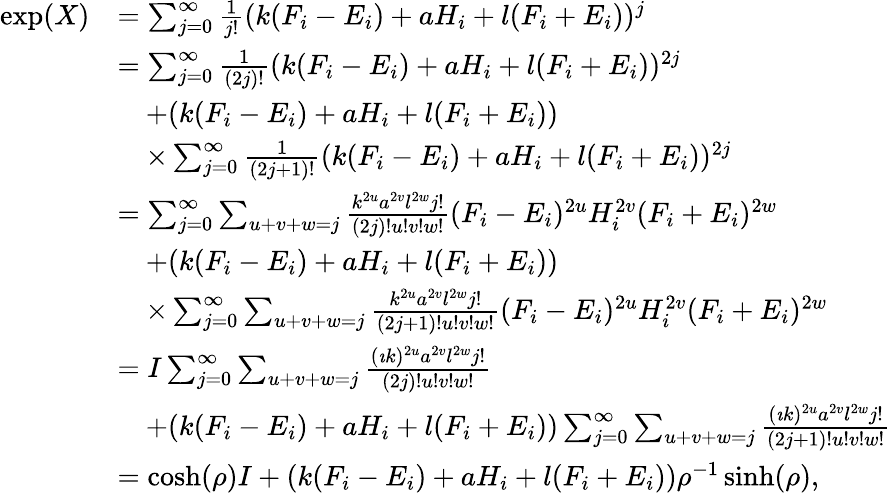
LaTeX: \begin{array}{rl}{\exp(X)}&{=\sum_{j=0}^{\infty}\frac{1}{j!}(k(F_{i}-E_{i})+aH_{i}+l(F_{i}+E_{i}))^{j}}\\ &{=\sum_{j=0}^{\infty}\frac{1}{(2j)!}(k(F_{i}-E_{i})+aH_{i}+l(F_{i}+E_{i}))^{2j}}\\ &{\quad+(k(F_{i}-E_{i})+aH_{i}+l(F_{i}+E_{i}))}\\ &{\quad\times\sum_{j=0}^{\infty}\frac{1}{(2j+1)!}(k(F_{i}-E_{i})+aH_{i}+l(F_{i}+E_{i}))^{2j}}\\ &{=\sum_{j=0}^{\infty}\sum_{u+v+w=j}\frac{k^{2u}a^{2v}l^{2w}j!}{(2j)!u!v!w!}(F_{i}-E_{i})^{2u}H_{i}^{2v}(F_{i}+E_{i})^{2w}}\\ &{\quad+(k(F_{i}-E_{i})+aH_{i}+l(F_{i}+E_{i}))}\\ &{\quad\times\sum_{j=0}^{\infty}\sum_{u+v+w=j}\frac{k^{2u}a^{2v}l^{2w}j!}{(2j+1)!u!v!w!}(F_{i}-E_{i})^{2u}H_{i}^{2v}(F_{i}+E_{i})^{2w}}\\ &{=I\sum_{j=0}^{\infty}\sum_{u+v+w=j}\frac{(\imath k)^{2u}a^{2v}l^{2w}j!}{(2j)!u!v!w!}}\\ &{\quad+(k(F_{i}-E_{i})+aH_{i}+l(F_{i}+E_{i}))\sum_{j=0}^{\infty}\sum_{u+v+w=j}\frac{(\imath k)^{2u}a^{2v}l^{2w}j!}{(2j+1)!u!v!w!}}\\ &{=\cosh(\rho)I+(k(F_{i}-E_{i})+aH_{i}+l(F_{i}+E_{i}))\rho^{-1}\sinh(\rho),}\end{array}